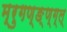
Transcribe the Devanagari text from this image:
म्रुगण्ङ्ण्ग्ल्